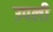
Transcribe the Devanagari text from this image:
उपली